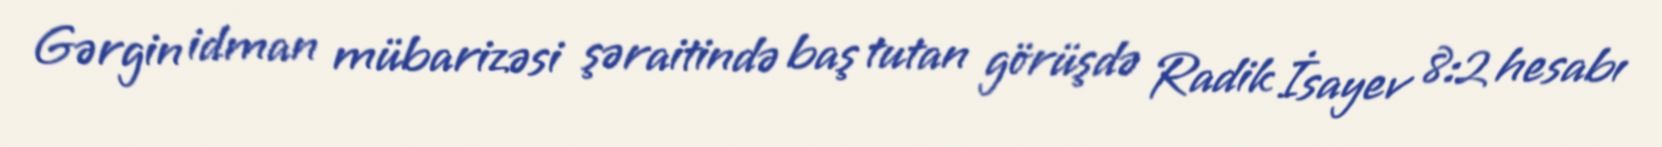
Gərgin idman mübarizəsi şəraitində baş tutan görüşdə Radik İsayev 8:2 hesabı